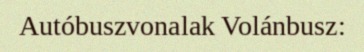
Autóbuszvonalak Volánbusz: